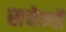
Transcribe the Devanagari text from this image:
सचेन्दी